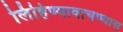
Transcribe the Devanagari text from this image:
लिहिण्यावाचण्यास